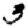
Digit: 3